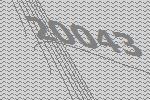
20043